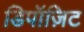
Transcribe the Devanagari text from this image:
डिपॉज़िट